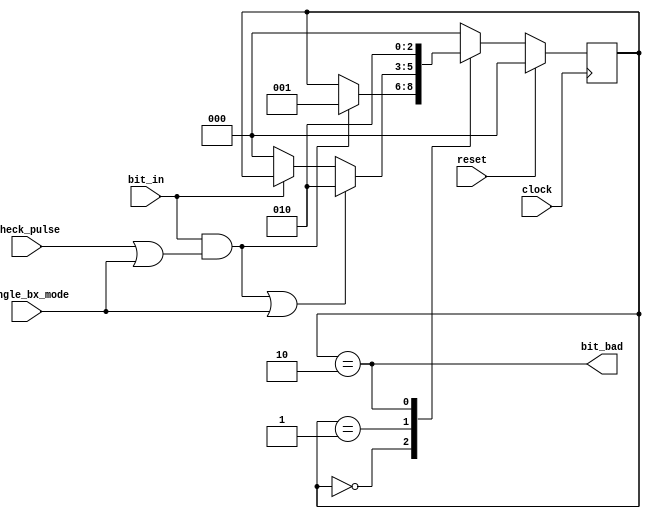
`timescale 1ns / 1ps
//`define DEBUG_CFEB_BIT_CHECK 1
//--------------------------------------------------------------------------------------------------------
//  Bad CFEB bit detection:
//	CFEB bits continuously high between check pluses are flagged as bad
//
//	12/10/09 Initial
//	01/13/10 Add 1bx high detection
//	08/04/10 Port to ise 12
//--------------------------------------------------------------------------------------------------------
	module cfeb_bit_check
	(
// Ports
	clock,
	reset,
	check_pulse,
	single_bx_mode,
	bit_in,
	bit_bad

//Debug
`ifdef DEBUG_CFEB_BIT_CHECK
	,sm_dsp
`endif
	);

//--------------------------------------------------------------------------------------------------------
// Ports
//--------------------------------------------------------------------------------------------------------
	input			clock;				// 40MHz main clock
	input			reset;				// Clear stuck bit FFs
	input			check_pulse;		// Periodic checking
	input			single_bx_mode;		// Check for single bx pulses
	input			bit_in;				// Bit to check
	output			bit_bad;			// Bit went bad flag

// Debug
`ifdef DEBUG_CFEB_BIT_CHECK
	output	[31:0]	sm_dsp;				// State machine ascii
`endif

//--------------------------------------------------------------------------------------------------------
// State machine declarations
//--------------------------------------------------------------------------------------------------------
	reg [2:0] sm;	// synthesis attribute safe_implementation of sm is "yes";
	parameter idle	=	0;
	parameter high	=	1;
	parameter hold	=	2;

// Status
	assign bit_bad        = (sm==hold);									// bit went bad
	wire   bit_went_high  =  bit_in && (check_pulse || single_bx_mode);	// bit was high on a check pulse
	wire   bit_still_high =  bit_went_high || single_bx_mode;			// bit still high on next check pulse
	wire   bit_dropped    = !bit_in;									// bit went low

//--------------------------------------------------------------------------------------------------------
// Bad-bit detection state machine
//--------------------------------------------------------------------------------------------------------
	initial sm = idle;

	always @(posedge clock) begin
	if (reset) sm <= idle;
	else begin
	case (sm)
	idle: if (bit_went_high)	sm <= high;	// bit is high on a check pulse, wait for it to drop

	high: if (bit_still_high)	sm <= hold;	// bit still high at next check, so its bad
	 else if (bit_dropped)		sm <= idle;	// it dropped, so its ok

	hold:						sm <= hold;	// stay here until reset
	
	default:					sm <= idle;
	endcase
	end
	end

//--------------------------------------------------------------------------------------------------------
// Debug
//--------------------------------------------------------------------------------------------------------
`ifdef DEBUG_CFEB_BIT_CHECK
	reg [31:0] sm_dsp;
	
	always @* begin
	case (sm)
	idle:		sm_dsp <= "idle";
	high:		sm_dsp <= "high";
	hold: 		sm_dsp <= "hold";
	default:	sm_dsp <= "deft";
	endcase
	end

`endif
//--------------------------------------------------------------------------------------------------------
	endmodule
//--------------------------------------------------------------------------------------------------------